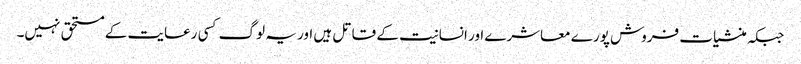
جبکہ منشیات فروش پورے معاشرے اور انسانیت کے قاتل ہیں اور یہ لوگ کسی رعایت کے مستحق نہیں۔